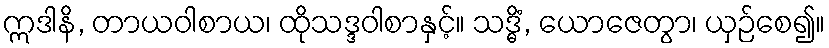
ဣဒါနိ, တာယဝါစာယ၊ ထိုသဒ္ဒဝါစာနှင့်။ သဒ္ဓိံ, ယောဇေတွာ၊ ယှဉ်စေ၍။